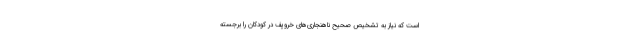
است که نیاز به تشخیص صحیح ناهنجاری‌های خروپف در کودکان را برجسته